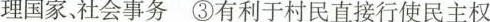
理国家、社会事务③有利于村民直接行使民主权